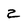
Character: 2